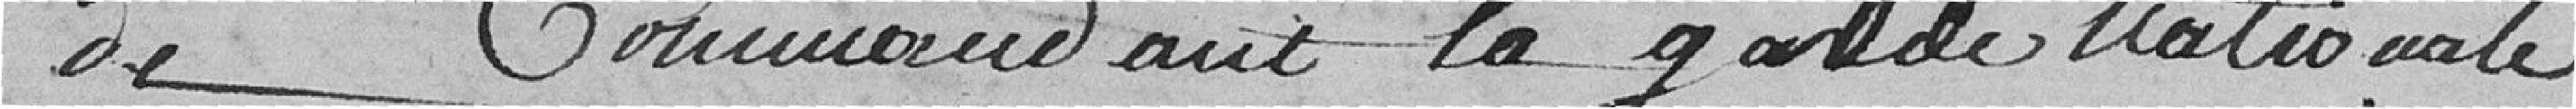
de commandant de la garde nationale